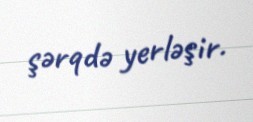
şərqdə yerləşir.